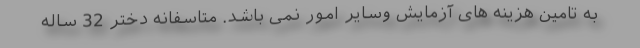
به تامین هزینه های آزمایش وسایر امور نمی باشد. متاسفانه دختر 32 ساله